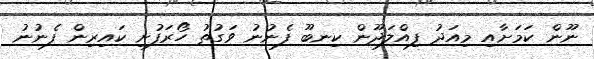
ނޫން ކަމަށާއި މިއަދު ފިއްލަދޫން ކިނބޫ ފެނުނު ވަގުތު ހޯރަފުށި ކައިރިން ފެނުނު